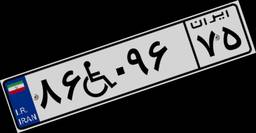
۶۰W۸۷۶۲۸